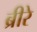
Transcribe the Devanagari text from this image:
ब्रीरे